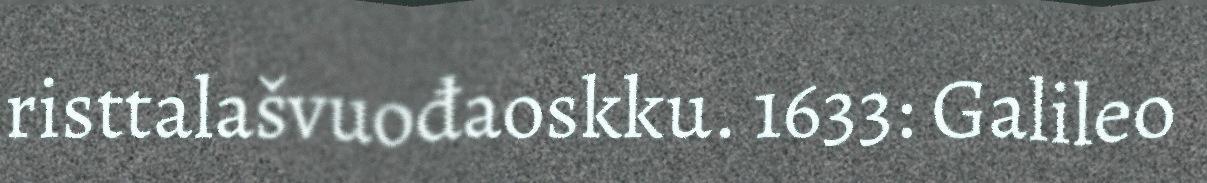
risttalašvuođaoskku. 1633: Galileo